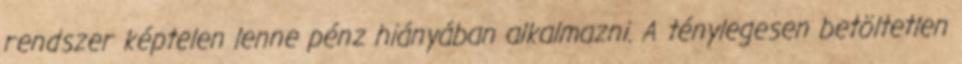
rendszer képtelen lenne pénz hiányában alkalmazni. A ténylegesen betöltetlen